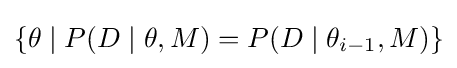
\{\theta \mid P(D\mid \theta ,M)=P(D\mid \theta _{i-1},M)\}